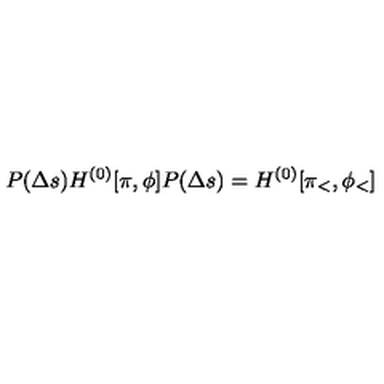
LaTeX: { P ( \Delta s ) H ^ { ( 0 ) } [ \pi , \phi ] P ( \Delta s ) } = H ^ { ( 0 ) } [ \pi _ { < } , \phi _ { < } ]